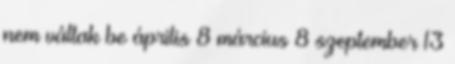
nem váltak be április 8 március 8 szeptember 13